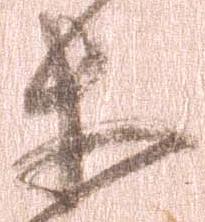
等